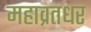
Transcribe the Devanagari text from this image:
महाव्रतधर